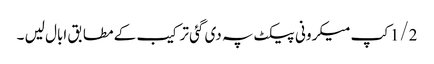
1/2کپ میکرونی پیکٹ پہ دی گئی ترکیب کے مطابق ابال لیں ۔